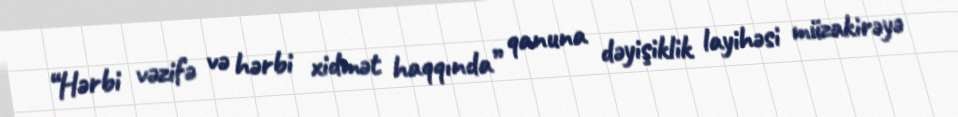
“Hərbi vəzifə və hərbi xidmət haqqında” qanuna dəyişiklik layihəsi müzakirəyə